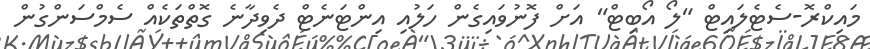
މައިކްރޮ-ސެޓެލައިޓް "ލޯ އޯބިޓް" އަށް ފޮނުވައިގެން ހަލުއި އިންޓަނެޓް ދެވިދާނެ ގޮތްތަކެއް ސެމްސަންގުން